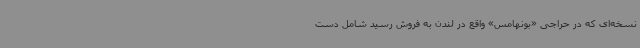
نسخه‌ای که در حراجی «بونهامس» واقع در لندن به فروش رسید شامل دست‌